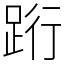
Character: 䟰